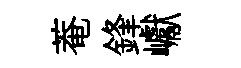
菴鋒巘